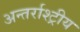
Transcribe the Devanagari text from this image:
अन्तर्राश्ट्रीय